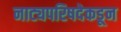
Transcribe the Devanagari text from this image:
नाट्यपरिषदेकडून